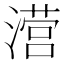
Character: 𰝅